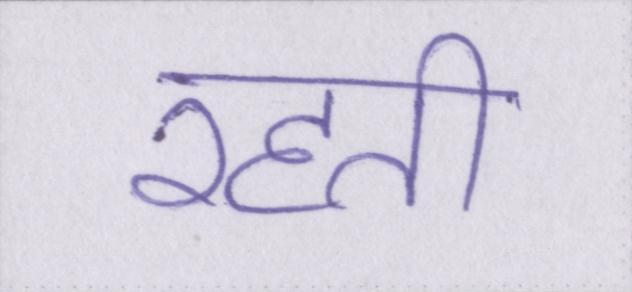
रहती